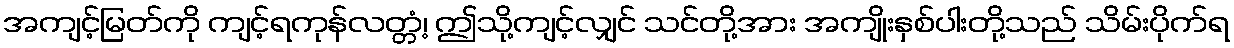
အကျင့်မြတ်ကို ကျင့်ရကုန်လတ္တံ့၊ ဤသို့ကျင့်လျှင် သင်တို့အား အကျိုးနှစ်ပါးတို့သည် သိမ်းပိုက်ရ